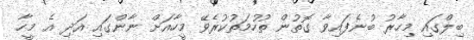
ބިލްގައި މިހާރު ބުނެފައިވާ ގޮތުން ތުހުމަތުކުރެވޭ މީހާއަށް ނާންގައި އަދި އެ މީހާ